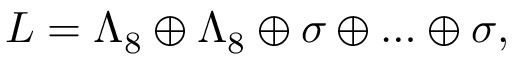
L = \Lambda _ { 8 } \oplus \Lambda _ { 8 } \oplus \sigma \oplus \ldots \oplus \sigma ,